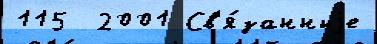
115  2001 Св'я́занныjе